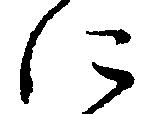
に